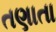
તણાતા